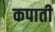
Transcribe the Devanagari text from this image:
कपाती